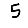
Digit: 5